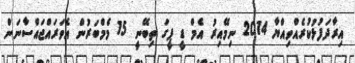
އިރާދަފުޅުކުރެއްވިއްޔާ 2014 ނިމޭއިރު އެމް ޑީ ޕީގަ ތިބޭނީ 15 މެމްބަރުން އެވަރައްޖައްސާނަން